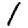
Digit: 1